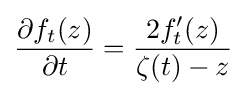
{\frac {\partial f_{t}(z)}{\partial t}}={\frac {2f_{t}^{\prime }(z)}{\zeta (t)-z}}